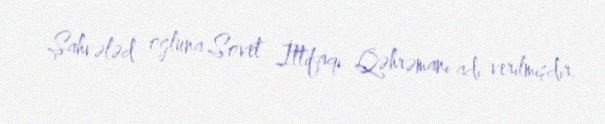
Şahvələd oğluna Sovet İttifaqı Qəhrəmanı adı verilmişdir.